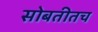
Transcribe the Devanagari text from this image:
सोबतीतच